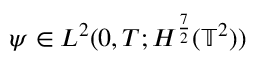
\psi \in L ^ { 2 } ( 0 , T ; H ^ { \frac { 7 } { 2 } } ( \mathbb { T } ^ { 2 } ) )